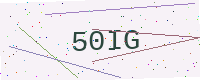
Text: 50IG